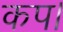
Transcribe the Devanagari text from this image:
कप।